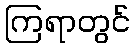
ကြရာတွင်